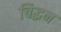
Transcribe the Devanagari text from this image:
चिद्घन